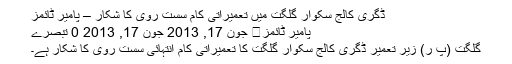
ڈگری کالج سکوار گلگت میں تعمیراتی کام سست روی کا شکار – پامیر ٹائمز
پامیر ٹائمز	 جون 17, 2013 جون 17, 2013 0 تبصرے
گلگت (پ ر) زیر تعمیر ڈگری کالج سکوار گلگت کا تعمیراتی کام انتہائی سست روی کا شکار ہے۔